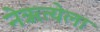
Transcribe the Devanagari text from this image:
नेऋत्येला